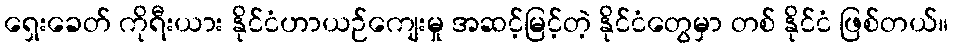
ရှေးခေတ် ကိုရီးယား နိုင်ငံဟာယဉ်ကျေးမှု အဆင့်မြင့်တဲ့ နိုင်ငံတွေမှာ တစ် နိုင်ငံ ဖြစ်တယ်။